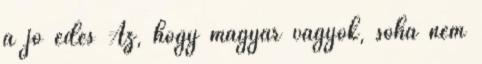
a jó édes Az, hogy magyar vagyok, soha nem